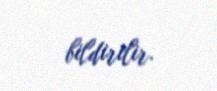
bildirilir.